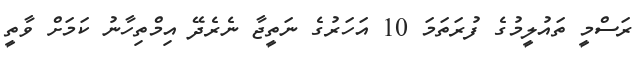
ރަސްމީ ތައުލީމުގެ ފުރަތަމަ 10 އަހަރުގެ ނަތީޖާ ނެރެދޭ އިމްތިހާނު ކަމަށް ވާތީ